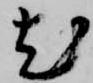
尤